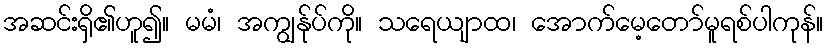
အဆင်းရှိ၏ဟူ၍။ မမံ၊ အကျွန်ုပ်ကို။ သရေယျာထ၊ အောက်မေ့တော်မူရစ်ပါကုန်။